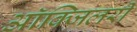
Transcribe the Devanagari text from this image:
आॅक्जिलरी